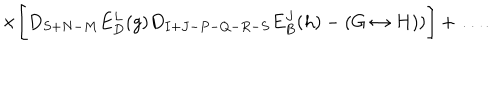
\times \Biggl [ D _ { S + N - M } E _ { D } ^ { L } ( g ) D _ { I + J - P - Q - R - S } E _ { B } ^ { J } ( h ) - ( G \leftrightarrow H ) ) \Biggr ] + \ldots .